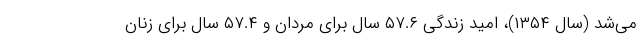
می‌شد (سال ۱۳۵۴)، امید زندگی ۵۷.۶ سال برای مردان و ۵۷.۴ سال برای زنان